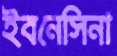
ইবনেসিনা